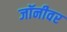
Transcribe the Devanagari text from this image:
जॉनीवर